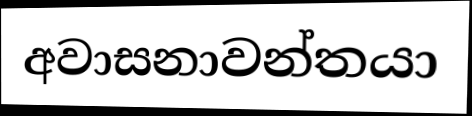
අවාසනාවන්තයා